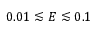
0 . 0 1 \lesssim E \lesssim 0 . 1